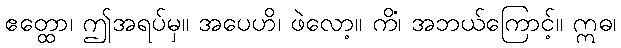
ဧတ္ထော၊ ဤအရပ်မှ။ အပေဟိ၊ ဖဲလော့။ ကိံ၊ အဘယ်ကြောင့်။ ဣဓ၊